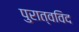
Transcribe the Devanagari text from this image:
पुरात्वविद